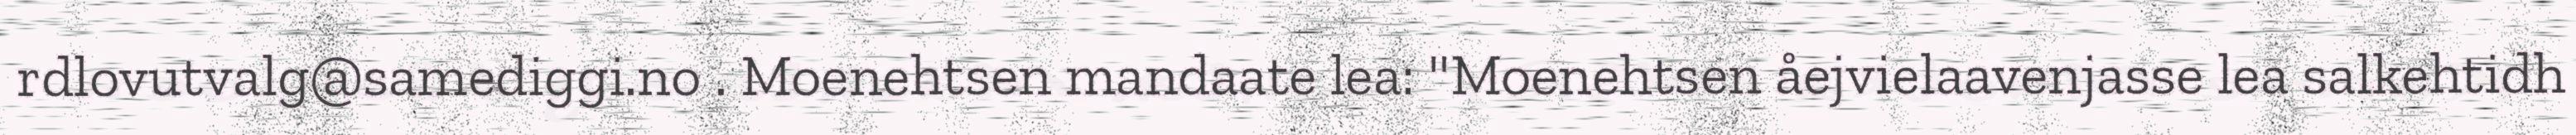
rdlovutvalg@samediggi.no . Moenehtsen mandaate lea: "Moenehtsen åejvielaavenjasse lea salkehtidh